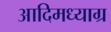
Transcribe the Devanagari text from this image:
आदिमध्याग्र